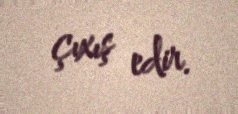
çıxış edir.